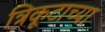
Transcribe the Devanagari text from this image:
त्रिकूटाच्या